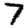
Digit: 7